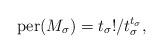
LaTeX: \begin{align*}\mathrm{per}(M_\sigma) = t_\sigma!/t_\sigma^{t_\sigma},\end{align*}